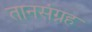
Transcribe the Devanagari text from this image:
तानसंग्रह